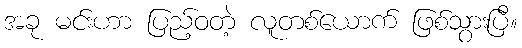
အခု မင်းဟာ ပြည့်ဝတဲ့ လူတစ်ယောက် ဖြစ်သွားပြီ။